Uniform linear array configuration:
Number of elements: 12
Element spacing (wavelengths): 1
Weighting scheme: uniform
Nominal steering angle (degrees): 45
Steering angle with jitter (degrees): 46.891
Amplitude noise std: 0.05
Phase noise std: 0.05

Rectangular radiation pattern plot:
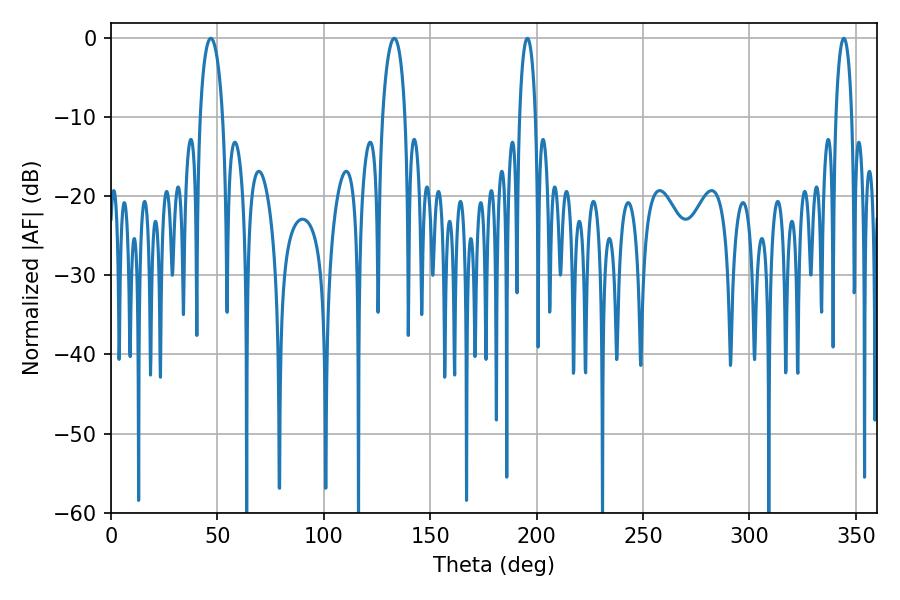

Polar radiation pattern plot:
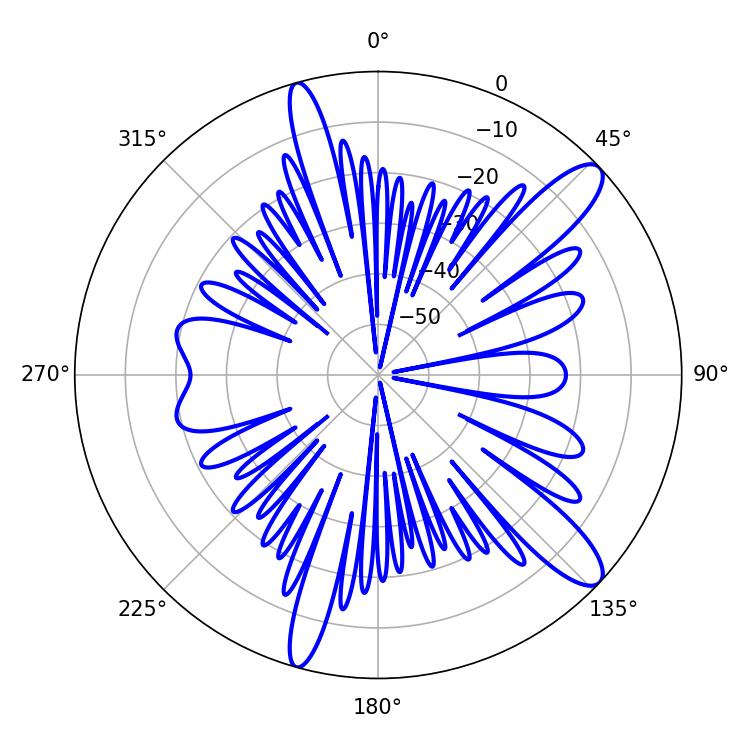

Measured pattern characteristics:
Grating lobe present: TRUE
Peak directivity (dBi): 12.005
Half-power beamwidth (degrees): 4.32
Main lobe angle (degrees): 195.66